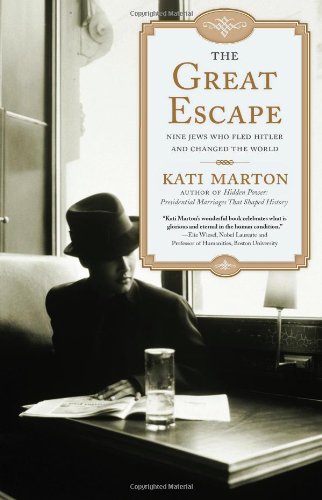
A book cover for Great Escape; Kati Marton; History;